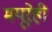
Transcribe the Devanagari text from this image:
मयूरेही